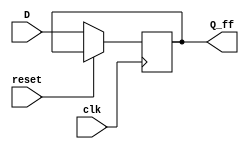
module D_block(clk,reset,D,Q_ff);

  input clk,reset,D;
  parameter en = 1;
  output Q_ff;
  
  reg Q_ff;
  
  initial Q_ff = 0;
  
  always @(posedge clk) begin
    if(!reset) begin
      if(en)Q_ff <= D;
      else Q_ff <= 0;
    end
  end
    
endmodule